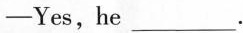
——Yes,he___.